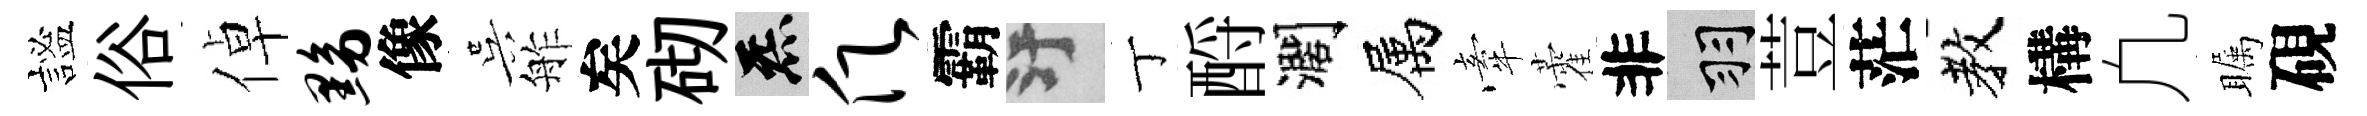
謐俗倬黝像吴舴矣砌炁愿霸污丁酹濶属牽藿非羽荳茫教構凢瞩硯